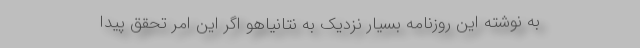
به نوشته این روزنامه بسیار نزدیک به نتانیاهو اگر این امر تحقق پیدا